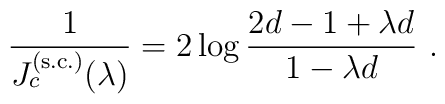
{1\over J_c^{\rm (s.c.)}(\lambda)} = 2 \log {2d -1 + \lambda d\over 1 -\lambda d}~.